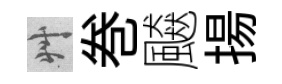
艸巻飇揚